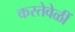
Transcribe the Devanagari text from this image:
करतेवेळीं